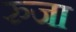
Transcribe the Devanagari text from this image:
रुजा